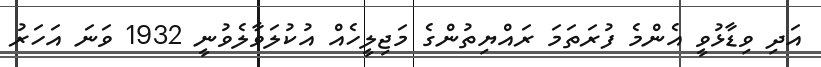
އަދި ވިޑާޅުވީ އެންމެ ފުރަތަމަ ރައްޔިތުންގެ މަޖިލީހެއް އުކުލަވާލެވުނީ 1932 ވަނަ އަހަރު